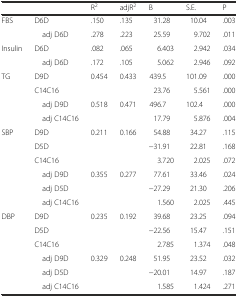
<table><thead><tr><td></td><td></td><td><b>R<sup>2</sup></b></td><td><b>adjR<sup>2</sup></b></td><td><b>B</b></td><td><b>S.E.</b></td><td><b>P</b></td></tr></thead><tbody><tr><td rowspan="2">FBS</td><td>D6D</td><td>.150</td><td>.135</td><td>31.28</td><td>10.04</td><td>.003</td></tr><tr><td> adj D6D</td><td>.278</td><td>.223</td><td>25.59</td><td>9.702</td><td>.011</td></tr><tr><td rowspan="2">Insulin</td><td>D6D</td><td>.082</td><td>.065</td><td>6.403</td><td>2.942</td><td>.034</td></tr><tr><td> adj D6D</td><td>.172</td><td>.105</td><td>5.062</td><td>2.946</td><td>.092</td></tr><tr><td rowspan="4">TG</td><td>D9D</td><td rowspan="2">0.454</td><td rowspan="2">0.433</td><td>439.5</td><td>101.09</td><td>.000</td></tr><tr><td>C14C16</td><td>23.76</td><td>5.561</td><td>.000</td></tr><tr><td> adj D9D</td><td rowspan="2">0.518</td><td rowspan="2">0.471</td><td>496.7</td><td>102.4</td><td>.000</td></tr><tr><td> adj C14C16</td><td>17.79</td><td>5.876</td><td>.004</td></tr><tr><td rowspan="6">SBP</td><td>D9D</td><td rowspan="3">0.211</td><td rowspan="3">0.166</td><td>54.88</td><td>34.27</td><td>.115</td></tr><tr><td>D5D</td><td>−31.91</td><td>22.81</td><td>.168</td></tr><tr><td>C14C16</td><td>3.720</td><td>2.025</td><td>.072</td></tr><tr><td> adj D9D</td><td rowspan="3">0.355</td><td rowspan="3">0.277</td><td>77.61</td><td>33.46</td><td>.024</td></tr><tr><td> adj D5D</td><td>−27.29</td><td>21.30</td><td>.206</td></tr><tr><td> adj C14C16</td><td>1.560</td><td>2.025</td><td>.445</td></tr><tr><td rowspan="6">DBP</td><td>D9D</td><td rowspan="3">0.235</td><td rowspan="3">0.192</td><td>39.68</td><td>23.25</td><td>.094</td></tr><tr><td>D5D</td><td>−22.56</td><td>15.47</td><td>.151</td></tr><tr><td>C14C16</td><td>2.785</td><td>1.374</td><td>.048</td></tr><tr><td> adj D9D</td><td rowspan="3">0.329</td><td rowspan="3">0.248</td><td>51.95</td><td>23.52</td><td>.032</td></tr><tr><td> adj D5D</td><td>−20.01</td><td>14.97</td><td>.187</td></tr><tr><td> adj C14C16</td><td>1.585</td><td>1.424</td><td>.271</td></tr></tbody></table>